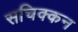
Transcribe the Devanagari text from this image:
सचिक्‍कन